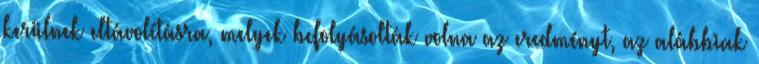
kerülnek eltávolításra, melyek befolyásolták volna az eredményt, az alábbiak